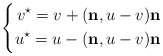
\begin{align*} \left\{\begin{aligned}v^\star=v+ ({\bf n},u-v) {\bf n}\\u^\star=u-({\bf n},u-v){\bf n}\end{aligned}\right. \end{align*}